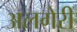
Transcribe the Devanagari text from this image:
अलगेरी